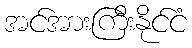
အင်အားကြီးနိုင်ငံ